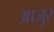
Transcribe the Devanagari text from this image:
आजुर